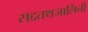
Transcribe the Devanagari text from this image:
सद्दतथजालिनी